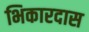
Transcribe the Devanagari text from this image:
भिकारदास